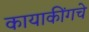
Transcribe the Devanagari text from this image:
कायाकींगचे